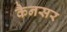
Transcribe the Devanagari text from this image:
कैनसर